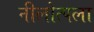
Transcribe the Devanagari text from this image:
नीलोत्पला